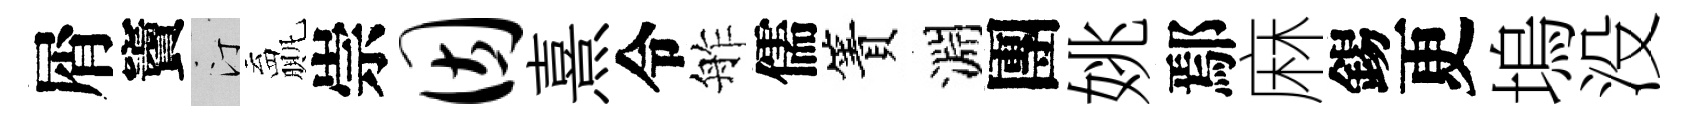
屑竇汀贏崇因熹令舴儒簀淵團姚鄢麻錫更塢没